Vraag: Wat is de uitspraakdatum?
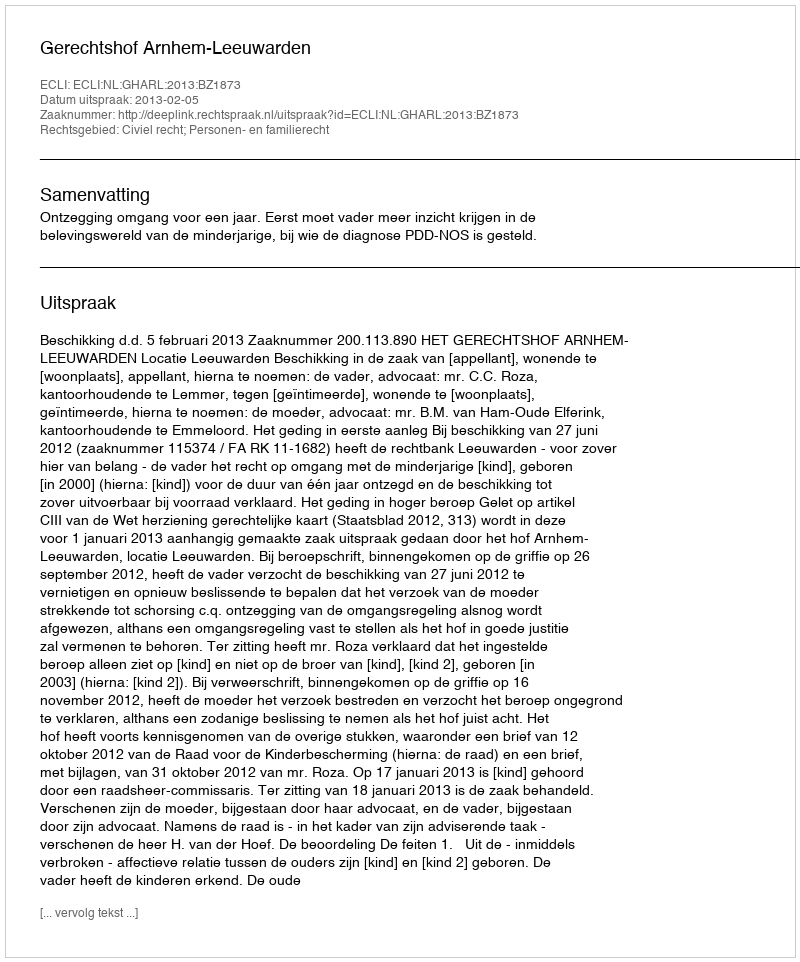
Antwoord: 2013-02-05